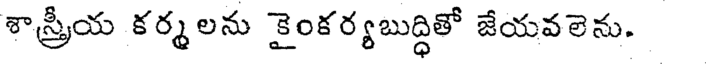
శాస్త్రీయ కర్మలను కైంకర్యబుద్ధితో జేయవలెను.